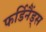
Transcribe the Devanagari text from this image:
फर्डिनैंड्स